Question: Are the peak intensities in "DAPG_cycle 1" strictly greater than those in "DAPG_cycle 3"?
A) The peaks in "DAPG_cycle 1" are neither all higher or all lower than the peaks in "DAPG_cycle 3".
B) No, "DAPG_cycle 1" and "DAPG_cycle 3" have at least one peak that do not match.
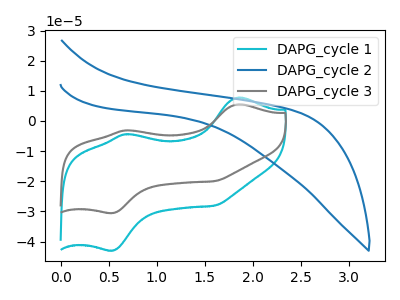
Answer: <think>The cyan curve "DAPG_cycle 1" has anodic peaks at (1.85V, 7.75uA) (0.70V, -4.35uA) and cathodic peaks at (0.55V, -42.95uA) (1.60V, -28.05uA). The blue curve "DAPG_cycle 2" has no peaks. The gray curve "DAPG_cycle 3" has anodic peaks at (1.85V, 5.50uA) (0.70V, -3.10uA) and cathodic peaks at (0.55V, -30.55uA) (1.60V, -19.95uA).</think>
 <answer>A) The peaks in "DAPG_cycle 1" are neither all higher or all lower than the peaks in "DAPG_cycle 3".</answer>
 <eval>A</eval>